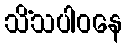
သိံသပါဝနေ